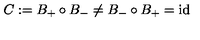
C : = B _ { + } \circ B _ { - } \not = B _ { - } \circ B _ { + } = \mathrm { i d }